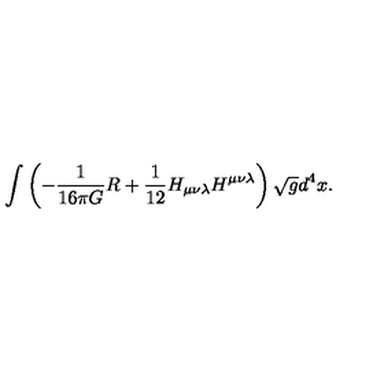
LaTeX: \int \left( - { \frac { 1 } { 1 6 \pi G } } R + { \frac { 1 } { 1 2 } } H _ { \mu \nu \lambda } H ^ { \mu \nu \lambda } \right) \sqrt { g } d ^ { 4 } x . \nonumber